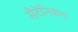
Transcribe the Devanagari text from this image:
सैटेनिकस